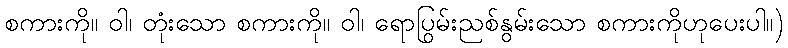
စကားကို။ ဝါ၊ တုံးသော စကားကို။ ဝါ၊ ရောပြွမ်းညစ်နွမ်းသော စကားကိုဟုပေးပါ။)